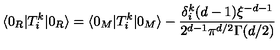
\langle 0 _ { R } | T _ { i } ^ { k } | 0 _ { R } \rangle = \langle 0 _ { M } | T _ { i } ^ { k } | 0 _ { M } \rangle - \frac { \delta _ { i } ^ { k } ( d - 1 ) \xi ^ { - d - 1 } } { 2 ^ { d - 1 } \pi ^ { d / 2 } \Gamma ( d / 2 ) }